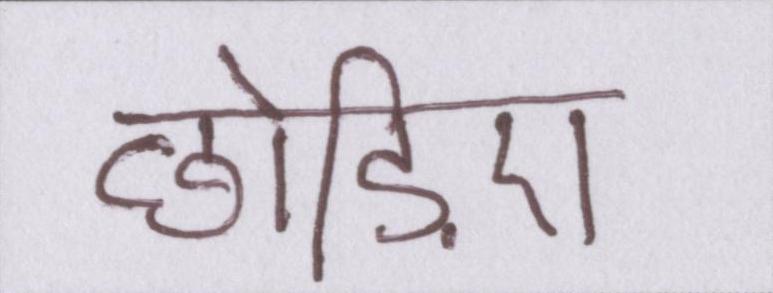
छोड़िए